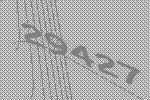
29427